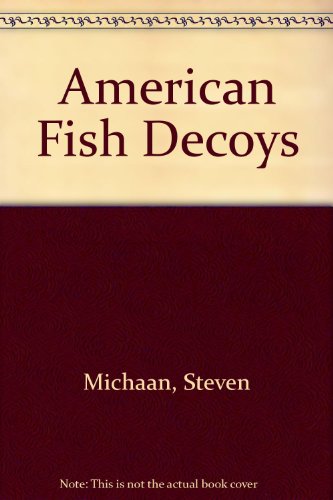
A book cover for American Fish Decoys; Steven Michaan; Crafts, Hobbies & Home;